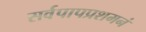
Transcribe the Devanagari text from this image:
सर्वपापप्रशमनं